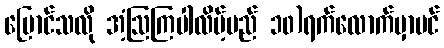
ပြောင်သလို အံ့ဩကြပါလိမ့်မည် ၁၀)ရက်လောက်မှာပင်